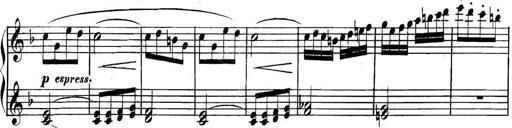
Title: Collected Piano Sonatas
Composer: Muzio Clementi